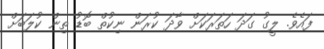
ފައެވެ. ލީގު ގަދަ ހަތަރަކަށް ވާދަ ކުރަން ނިކުތް ބޮޑު ތިން ކުލަބަށް